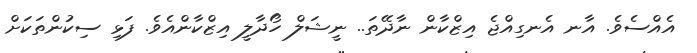
އެއްސެވެ. އާނ އެނގިއްޖެ އިޒްކާން ނާދޭތަ.. ނީޝަލް ހޯދާލީ އިޒްކާންއެވެ. ފަޅި ސިކުންތަކަށް